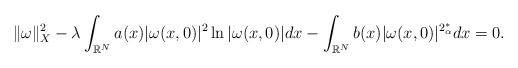
LaTeX: \begin{align*} \|\omega\|_X^2-\lambda\displaystyle\int_{\mathbb{R}^N}a(x)|\omega(x,0)|^2\ln|\omega(x,0)|dx-\displaystyle\int_{\mathbb{R}^N}b(x)|\omega(x,0)|^{2_\alpha^*}dx=0.\end{align*}